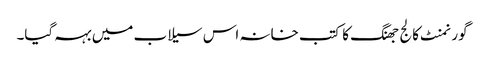
گورنمنٹ کالج جھنگ کا کتب خانہ اس سیلاب میں بہہ گیا۔